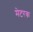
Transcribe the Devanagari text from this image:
मेटरक